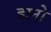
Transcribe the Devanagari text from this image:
हानो